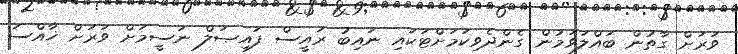
ވަރަށް ގާތުން ބައްލަވަމުން ގެންދެވިކަމަށްޓަކައި ނައިބު ރައީސް ފައިޞަލް ނަސީމަށް ވަރަށް ޚާއްސަ